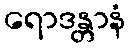
ရောဒန္တာနံ